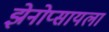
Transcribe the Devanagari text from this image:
झेनोप्सायला